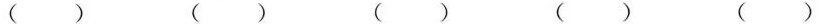
( ) ( ) ( ) ( ) ( )